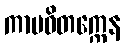
ကာမဝိတက္ကေန